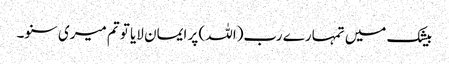
بیشک میں تمہارے رب(اللہ ) پر ایمان لایا تو تم میری سنو۔